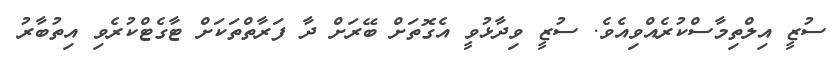
ސުޒީ އިލްތިމާސްކުރެއްވިއެވެ. ސުޒީ ވިދާޅުވީ އެގޮތަށް ބޭރަށް ދާ ފަރާތްތަކަށް ޓާގެޓްކުރެވި އިތުބާރު